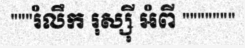
"""រំលឹក រុស្ស៊ី អំពី """""""